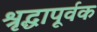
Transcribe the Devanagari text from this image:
श्रृद्धापूर्वक